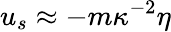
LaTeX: u_{s}\approx-m\kappa^{-2}\eta